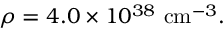
\rho = 4 . 0 \times 1 0 ^ { 3 8 } \, \, \mathrm { c m } ^ { - 3 } .